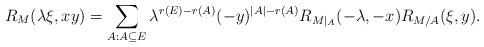
LaTeX: \begin{align*}R_M(\lambda\xi,xy)=\sum_{A:A\subseteq E} \lambda^{r(E)-r(A)}(-y)^{|A|-r(A)}R_{M|_A}(-\lambda,-x)R_{M/A}(\xi,y).\end{align*}